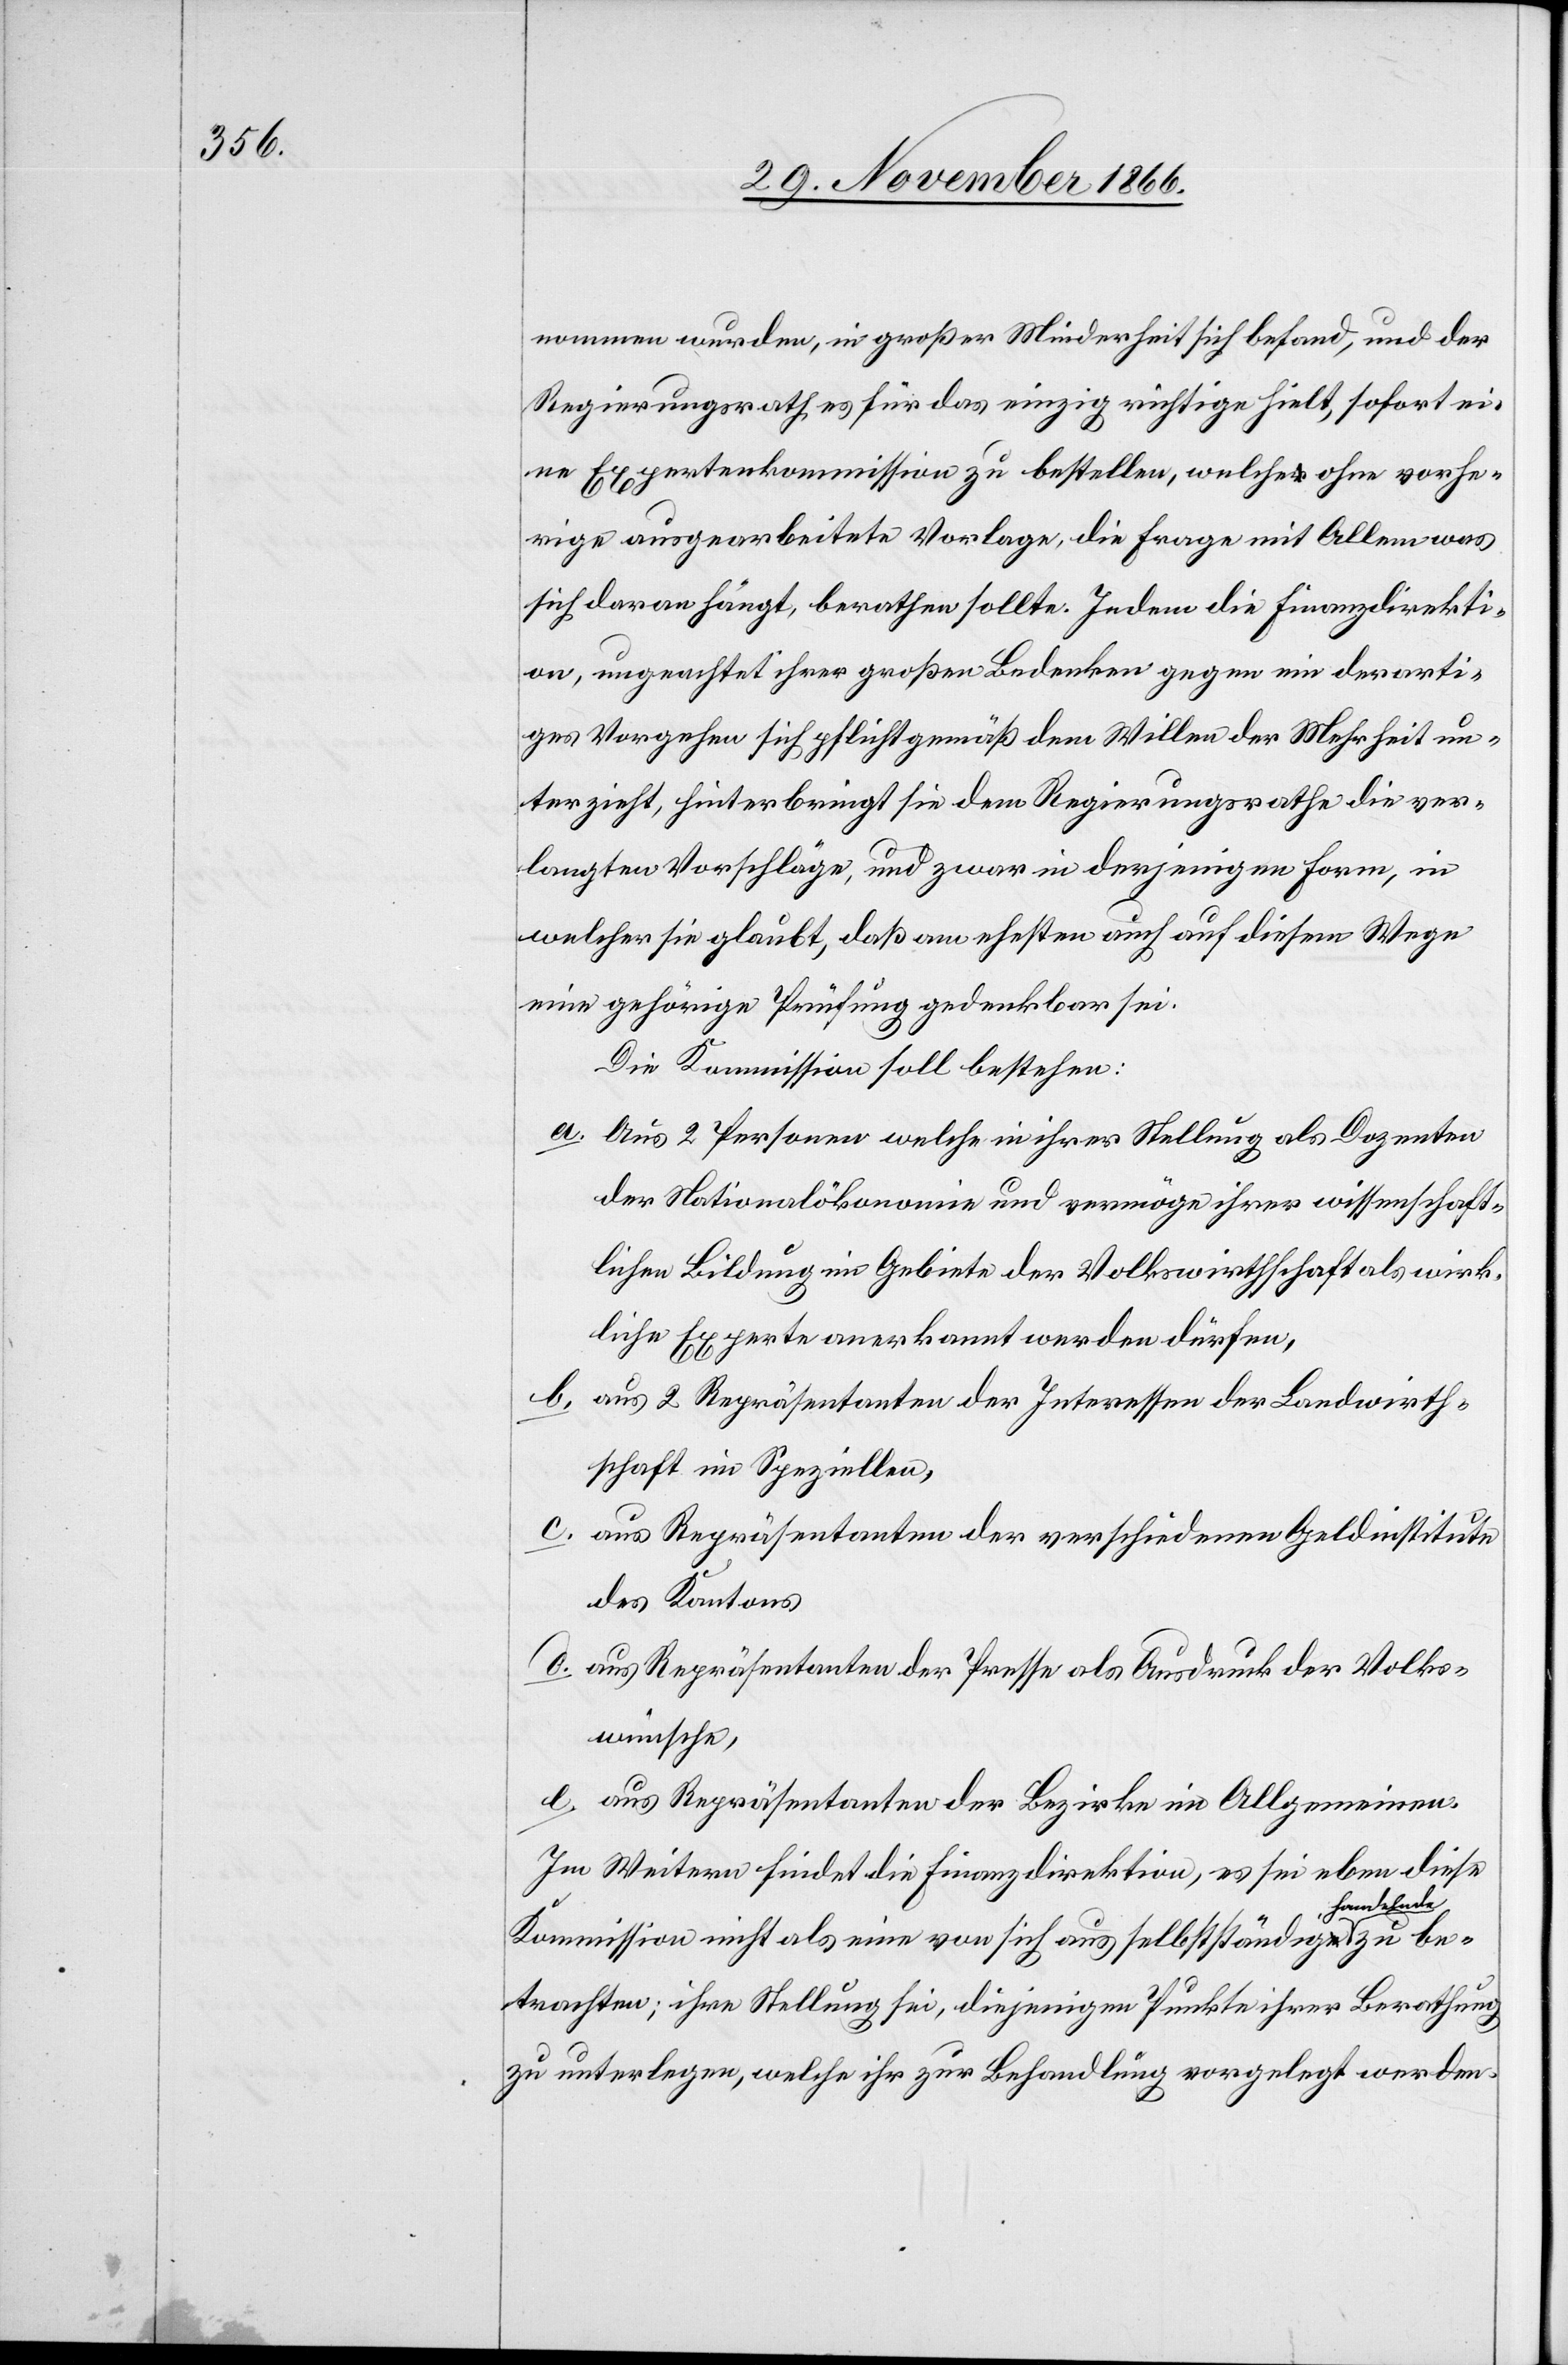
nommen wurden, in großer Minderheit sich befand, und der
Regierungsrath es für das einzig richtige hielt, sofort ei¬
ne Expertenkommission zu bestellen, welche ohne vorhe¬
rige ausgearbeitete Vorlage, die Frage mit Allem was
sich daran hängt, berathen sollte. Indem die Finanzdirekti¬
on, ungeachtet ihrer großen Bedenken gegen ein derarti¬
ges Vorgehen sich pflichtgemäß dem Willen der Mehrheit un¬
terzieht, hinterbringt sie dem Regierungsrathe die ver¬
langten Vorschläge, und zwar in derjenigen Form, in
welcher sie glaubt, daß am ehesten auch auf diesem Wege
eine gehörige Prüfung gedenkbar sei.
Die Kommission soll bestehen:
a. Aus 2 Personen welche in ihrer Stellung als Dozenten
der Nationalökonomie und vermöge ihrer wissenschaft¬
lichen Bildung im Gebiete der Volkswirthschaft als wirk¬
liche Experte[n] anerkannt werden dürfen,
b. aus 2 Repräsentanten der Interessen der Landwirth¬
schaft im Speziellen,
c. aus Repräsentanten der verschiedenen Geldinstitute
des Kantons
d. aus Repräsentanten der Presse als Ausdruck der Volks¬
wünsche,
e. aus Repräsentanten der Bezirke im Allgemeinen.
Im Weitern findet die Finanzdirektion, es sei eben diese
Kommission nicht als eine von sich aus selbstständig handelnde zu be¬
trachten; ihre Stellung sei, diejenigen Punkte ihrer Berathung
zu unterlegen, welche ihr zur Behandlung vorgelegt werden.